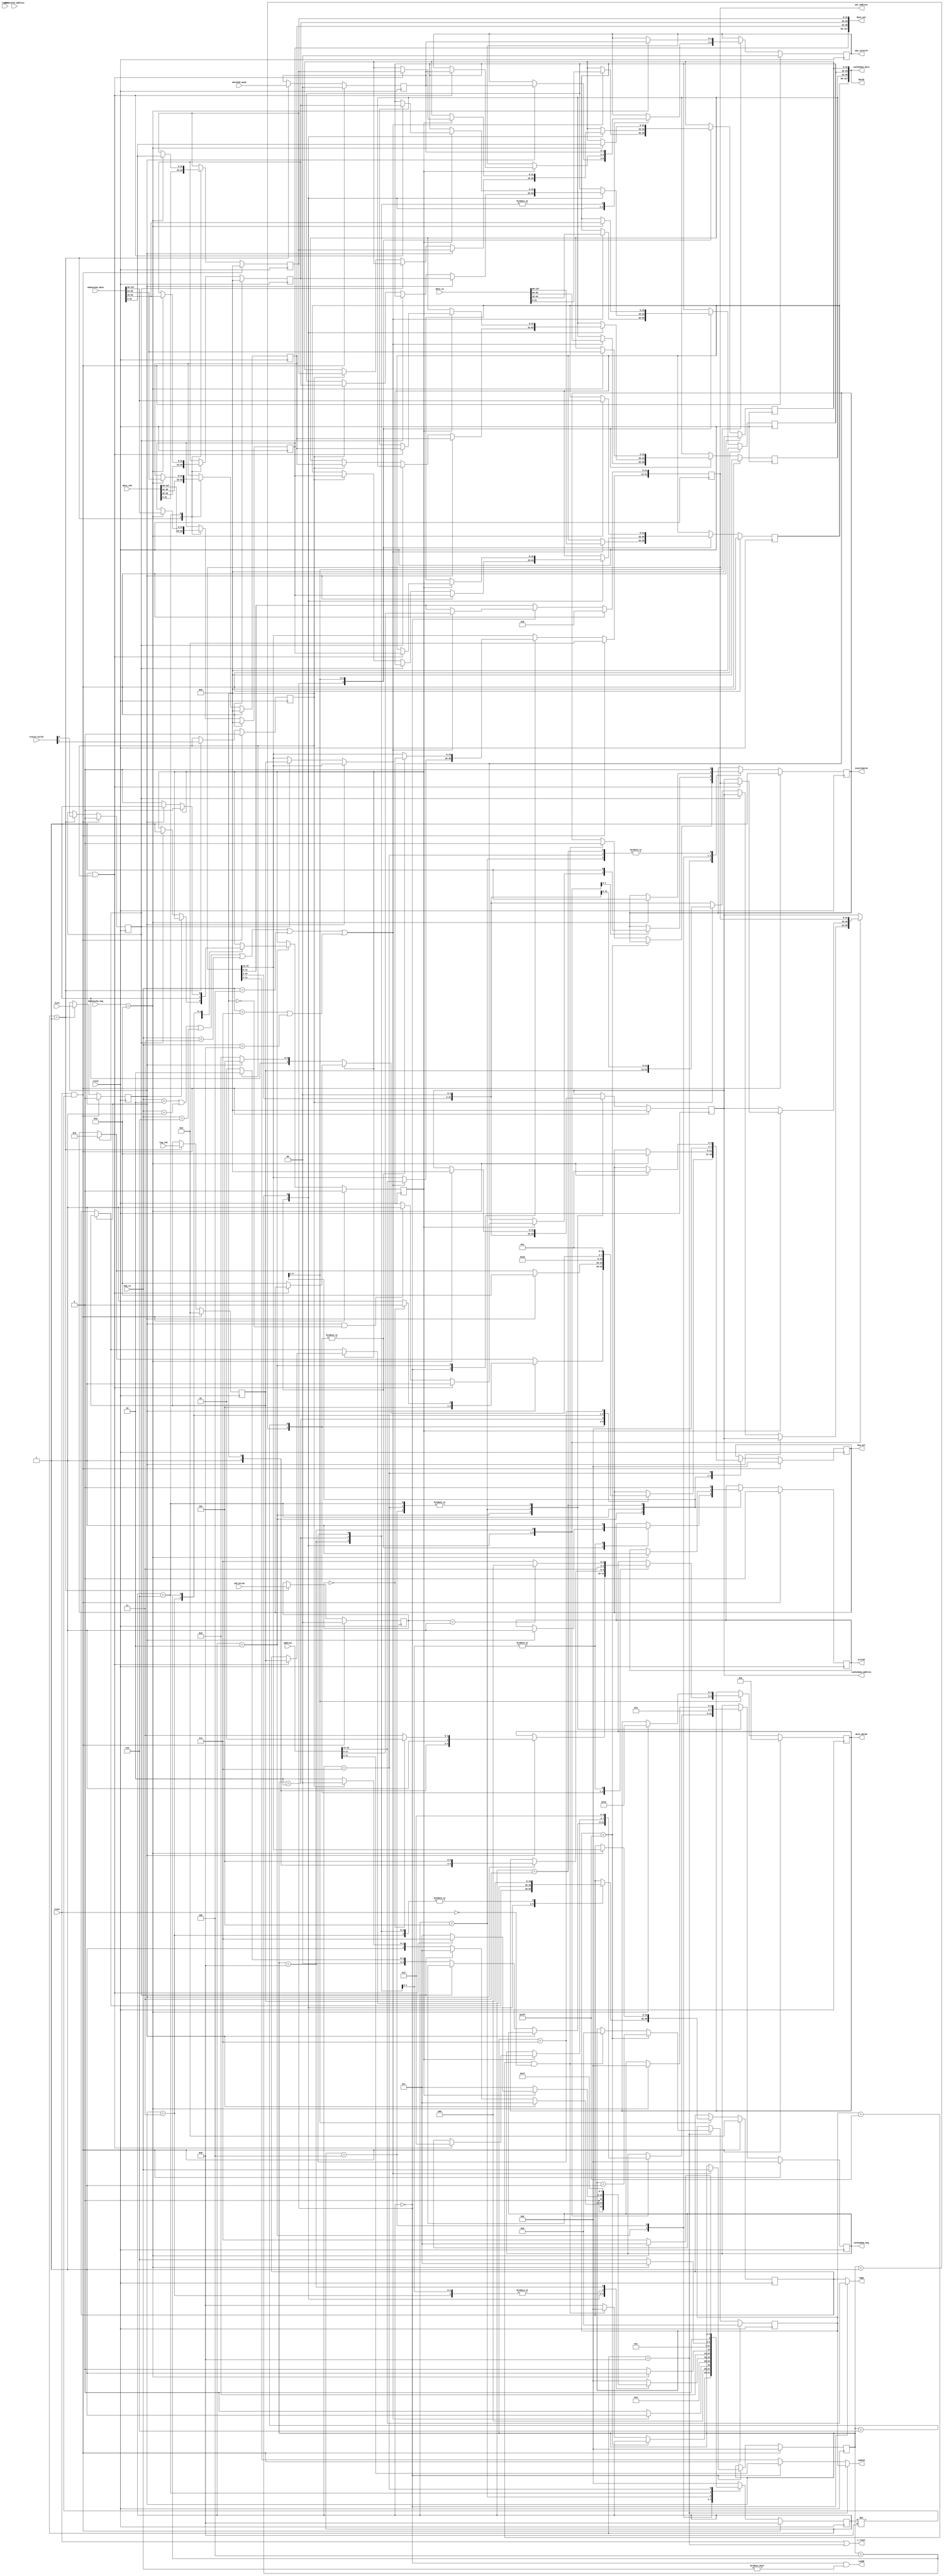
`timescale 1ns / 1ps
//////////////////////////////////////////////////////////////////////////////////
// Company: 
// Engineer: 
// 
// Design Name: 
// Module Name: Lxcache_controller
// Project Name: 
// Target Devices: 
// Tool Versions: 
// Description: 
// 
// Dependencies: 
// 
// Revision:
// Revision 0.01 - File Created
// Additional Comments:
// 
//////////////////////////////////////////////////////////////////////////////////


/** @module : Lxcache_controller
 *  @author : Adaptive & Secure Computing Systems (ASCS) Laboratory

 *  Copyright (c) 2018 BRISC-V (ASCS/ECE/BU)
 *  Permission is hereby granted, free of charge, to any person obtaining a copy
 *  of this software and associated documentation files (the "Software"), to deal
 *  in the Software without restriction, including without limitation the rights
 *  to use, copy, modify, merge, publish, distribute, sublicense, and/or sell
 *  copies of the Software, and to permit persons to whom the Software is
 *  furnished to do so, subject to the following conditions:
 *  The above copyright notice and this permission notice shall be included in
 *  all copies or substantial portions of the Software.

 *  THE SOFTWARE IS PROVIDED "AS IS", WITHOUT WARRANTY OF ANY KIND, EXPRESS OR
 *  IMPLIED, INCLUDING BUT NOT LIMITED TO THE WARRANTIES OF MERCHANTABILITY,
 *  FITNESS FOR A PARTICULAR PURPOSE AND NONINFRINGEMENT. IN NO EVENT SHALL THE
 *  AUTHORS OR COPYRIGHT HOLDERS BE LIABLE FOR ANY CLAIM, DAMAGES OR OTHER
 *  LIABILITY, WHETHER IN AN ACTION OF CONTRACT, TORT OR OTHERWISE, ARISING FROM,
 *  OUT OF OR IN CONNECTION WITH THE SOFTWARE OR THE USE OR OTHER DEALINGS IN
 *  THE SOFTWARE.
 */

module Lxcache_controller #(
parameter STATUS_BITS      = 3, // Valid bit + Dirty bit + inclusion bit
          COHERENCE_BITS   = 2,
          OFFSET_BITS      = 2,
          DATA_WIDTH       = 32,
          NUMBER_OF_WAYS   = 4,
          ADDRESS_BITS     = 32,
          INDEX_BITS       = 10,
          MSG_BITS         = 4
)(
clock,
reset,
address,
data_in,
msg_in,
report,
data_out,
out_address,
msg_out,

mem2cache_msg,
mem2cache_address,
mem2cache_data,
cache2mem_msg,
cache2mem_address,
cache2mem_data,

read0, write0, invalidate0,
index0,
tag0,
meta_data0,
data0,
way_select0,
i_reset,
data_in0,
tag_in0,
matched_way0,
coh_bits0,
status_bits0,
hit0
);

//Define the log2 function
function integer log2;
input integer value;
begin
  value = value-1;
  for(log2=0; value>0; log2=log2+1)
    value = value >> 1;
  end
endfunction

localparam CACHE_WORDS = 1 << OFFSET_BITS; //number of words in one line.
localparam CACHE_WIDTH = DATA_WIDTH*CACHE_WORDS;
localparam MBITS       = COHERENCE_BITS + STATUS_BITS;
localparam TAG_BITS    = ADDRESS_BITS - OFFSET_BITS - INDEX_BITS;
localparam WAY_BITS    = (NUMBER_OF_WAYS > 1) ? log2(NUMBER_OF_WAYS) : 1;
localparam CACHE_DEPTH = 1 << INDEX_BITS;

localparam IDLE       = 4'd0,
           READING    = 4'd1,
           SERVING    = 4'd2,
           RESPOND    = 4'd3,
           WRITE_BACK = 4'd4,
           READ_STATE = 4'd5,
           READ_WAIT  = 4'd6,
           FLUSH_WAIT = 4'd7,
           RESET      = 4'd8;

//THIS SECTION FROM C FILE
//bus messages
localparam NO_REQ     = 4'd0,
           R_REQ      = 4'd1,
           WB_REQ     = 4'd2,
           FLUSH      = 4'd3,
           FLUSH_S    = 4'd4,
           WS_BCAST   = 4'd5,
           RFO_BCAST  = 4'd6,
           C_WB       = 4'd7,
           C_FLUSH    = 4'd8,
           EN_ACCESS  = 4'd9,
           MEM_RESP   = 4'd10,
           MEM_RESP_S = 4'd11,
           MEM_C_RESP = 4'd12,
           REQ_FLUSH  = 4'd13,
           HOLD_BUS   = 4'd14;



// coherence states
localparam INVALID   = 2'b00,
           EXCLUSIVE = 2'b01,
           SHARED    = 2'b11,
           MODIFIED  = 2'b10;
//END C FILE SECTION           

input clock;
input reset;
//signals to/from bus interface
input  [ADDRESS_BITS-1:0] address;
input  [CACHE_WIDTH-1 :0] data_in;
input  [MSG_BITS-1    :0] msg_in;
input  report;
output [CACHE_WIDTH-1 :0] data_out;
output [ADDRESS_BITS-1:0] out_address;
output [MSG_BITS-1    :0] msg_out;
//signals to/from next level cache/memory
input  [MSG_BITS-1    :0] mem2cache_msg;
input  [ADDRESS_BITS-1:0] mem2cache_address;
input  [CACHE_WIDTH-1 :0] mem2cache_data;
output [MSG_BITS-1    :0] cache2mem_msg;
output [ADDRESS_BITS-1:0] cache2mem_address;
output [CACHE_WIDTH-1 :0] cache2mem_data;
//signals to/from cache_memory
output read0, write0, invalidate0;
output [INDEX_BITS-1  :0] index0;
output [TAG_BITS-1    :0] tag0;
output [MBITS-1       :0] meta_data0;
output [CACHE_WIDTH-1 :0] data0;
output [WAY_BITS-1    :0] way_select0;
output i_reset;
input  [CACHE_WIDTH-1 :0] data_in0;
input  [TAG_BITS-1    :0] tag_in0;
input  [WAY_BITS-1    :0] matched_way0;
input  [COHERENCE_BITS-1:0] coh_bits0;
input  [STATUS_BITS-1 :0] status_bits0;
input  hit0;

genvar i;
integer j;

reg [3:0] state;
reg [INDEX_BITS-1:0] reset_counter;
reg read, write, invalidate;
reg [MSG_BITS-1:0] r_msg;
reg [ADDRESS_BITS-1:0] r_address;
reg [DATA_WIDTH-1:0] r_data [CACHE_WORDS-1:0];
reg [DATA_WIDTH-1:0] r_data_out [CACHE_WORDS-1:0];
reg r_hit, r_dirty, r_include;
reg [COHERENCE_BITS-1:0] r_coh_bits;
reg [TAG_BITS-1:0] r_tag, r_tag_out;
reg [WAY_BITS-1:0] r_matched_way, r_way_select;
reg [MSG_BITS-1:0] r_msg_out;
reg [MBITS-1       :0] r_meta_data;
reg [MSG_BITS-1    :0] r_cache2mem_msg;
reg [ADDRESS_BITS-1:0] r_cache2mem_address;
reg flush_active;


wire request;
wire coh_request;
wire read_req, write_req;
wire [DATA_WIDTH-1:0] w_data_in   [CACHE_WORDS-1:0];
wire [DATA_WIDTH-1:0] w_read_data [CACHE_WORDS-1:0];
wire [DATA_WIDTH-1:0] w_mem_data  [CACHE_WORDS-1:0];


//assignments
assign i_reset = reset | (state == RESET);

assign coh_request = (msg_in == C_WB) | (msg_in == C_FLUSH);

assign request = (msg_in == WB_REQ   ) | (msg_in == R_REQ) |
                 (msg_in == RFO_BCAST) | (msg_in == FLUSH) |
                 (msg_in == FLUSH_S  ) | coh_request       ;

assign read_req  = (r_msg == R_REQ) | (r_msg == RFO_BCAST) | (r_msg == FLUSH_S);

assign write_req = (r_msg == C_WB) | (r_msg == C_FLUSH) | (r_msg == WB_REQ) |
                   (r_msg == FLUSH);

generate
  for(i=0; i<CACHE_WORDS; i=i+1)begin:SEPARATE_INPUTS
    assign w_data_in[i]   = data_in[i*DATA_WIDTH +: DATA_WIDTH];
    assign w_read_data[i] = data_in0[i*DATA_WIDTH +: DATA_WIDTH];
    assign w_mem_data[i]  = mem2cache_data[i*DATA_WIDTH +: DATA_WIDTH];
  end
endgenerate


/*FSM*/
always @(posedge clock)begin
  if(reset & (state != RESET))begin
    reset_counter       <= {INDEX_BITS{1'b0}};
    read                <= 1'b0;
    write               <= 1'b0;
    invalidate          <= 1'b1;
    flush_active        <= 1'b0;
    r_cache2mem_msg     <= NO_REQ;
    r_cache2mem_address <= {ADDRESS_BITS{1'b0}};
    r_msg               <= NO_REQ;
    r_address           <= {ADDRESS_BITS{1'b0}};
    r_hit               <= 1'b0;
    r_dirty             <= 1'b0;
    r_include           <= 1'b0;
    r_coh_bits          <= {COHERENCE_BITS{1'b0}};
    r_tag               <= {TAG_BITS{1'b0}};
    r_tag_out           <= {TAG_BITS{1'b0}};
    r_matched_way       <= {WAY_BITS{1'b0}};
    r_way_select        <= {WAY_BITS{1'b0}};
    r_msg_out           <= NO_REQ;
    r_meta_data         <= {MBITS{1'b0}};
    for(j=0; j<CACHE_WORDS; j=j+1)begin
      r_data[j]         <= {DATA_WIDTH{1'b0}};
      r_data_out[j]     <= {DATA_WIDTH{1'b0}};
    end
    state               <= RESET;
  end
  else begin
    case(state)
      RESET:begin
        if(reset_counter < CACHE_DEPTH-1)begin
          reset_counter <= reset_counter + 1;
        end
        else if((reset_counter == CACHE_DEPTH-1) & ~reset)begin
          reset_counter <= {INDEX_BITS{1'b0}};
          invalidate    <= 1'b0;
          state         <= IDLE;
        end
        else
          state <= RESET;
      end
      IDLE:begin
        if(request)begin
          r_msg     <= msg_in;
          r_address <= address;
          for(j=0; j<CACHE_WORDS; j=j+1)begin
            r_data[j] <= w_data_in[j];
          end
          state <= READING;
        end
        else
          state <= IDLE;
      end
      READING:begin
        r_hit         <= hit0;
        r_dirty       <= status_bits0[STATUS_BITS-2];
        r_include     <= status_bits0[STATUS_BITS-3];
        r_coh_bits    <= coh_bits0;
        r_tag         <= tag_in0;
        r_matched_way <= matched_way0;
        for(j=0; j<CACHE_WORDS; j=j+1)begin
          r_data_out[j] <= w_read_data[j];
        end
        state <= SERVING;
      end
      SERVING:begin
        case(r_msg)
          R_REQ:begin
            if(r_hit)begin
              r_msg_out    <= (r_coh_bits==INVALID) ? MEM_RESP : MEM_RESP_S;
              write        <= 1'b1;
              r_tag_out    <= r_tag;
              r_way_select <= r_matched_way;
              r_meta_data  <= (r_coh_bits == INVALID) ? 
                              {1'b1, r_dirty, 1'b1, EXCLUSIVE} :
                              {1'b1, r_dirty, 1'b1, SHARED   } ;
              for(j=0; j<CACHE_WORDS; j=j+1)begin
                r_data[j] <= r_data_out[j];
              end
              state <= RESPOND;
            end
            else begin
              if(r_include)begin
                flush_active                          <= 1'b1;
                r_msg_out                             <= REQ_FLUSH;
                r_address[ADDRESS_BITS-1 -: TAG_BITS] <= r_tag;
                state                                 <= RESPOND;
              end
              else if(r_dirty)begin
                r_cache2mem_msg     <= WB_REQ;
                r_cache2mem_address <= {r_tag, r_address[OFFSET_BITS +: 
                                       INDEX_BITS], {OFFSET_BITS{1'b0}}};
                for(j=0; j<CACHE_WORDS; j=j+1)begin
                  r_data[j] <= r_data_out[j];
                end
                state               <= WRITE_BACK;
              end
              else begin
                r_cache2mem_msg     <= R_REQ;
                r_cache2mem_address <= {r_address[ADDRESS_BITS-1:OFFSET_BITS], 
                                       {OFFSET_BITS{1'b0}}};
                state               <= READ_WAIT;
              end
            end
          end
          RFO_BCAST:begin
            if(r_hit)begin
              r_msg_out <= MEM_RESP;
              write     <= 1'b1;
              r_tag_out    <= r_tag;
              r_way_select <= r_matched_way;
              r_meta_data  <= {1'b1, r_dirty, 1'b1, EXCLUSIVE};
              for(j=0; j<CACHE_WORDS; j=j+1)begin
                r_data[j] <= r_data_out[j];
              end
              state <= RESPOND;
            end
            else begin
              if(r_include)begin
                flush_active                          <= 1'b1;
                r_msg_out                             <= REQ_FLUSH;
                r_address[ADDRESS_BITS-1 -: TAG_BITS] <= r_tag;
                state                                 <= RESPOND;
              end
              else if(r_dirty)begin
                r_cache2mem_msg     <= WB_REQ;
                r_cache2mem_address <= {r_tag, r_address[OFFSET_BITS +: 
                                       INDEX_BITS], {OFFSET_BITS{1'b0}}};
                for(j=0; j<CACHE_WORDS; j=j+1)begin
                  r_data[j] <= r_data_out[j];
                end
                state               <= WRITE_BACK;
              end
              else begin
                r_cache2mem_msg     <= R_REQ;
                r_cache2mem_address <= {r_address[ADDRESS_BITS-1:OFFSET_BITS], 
                                       {OFFSET_BITS{1'b0}}};
                state               <= READ_WAIT;
              end
            end
          end
          WB_REQ:begin
            write         <= 1'b1;
            r_tag_out     <= r_tag;
            r_way_select  <= r_matched_way;
            r_meta_data   <= (r_coh_bits == EXCLUSIVE) ? {3'b110, INVALID} :
                             {3'b111, SHARED};
            r_msg_out     <= MEM_RESP;
            state         <= RESPOND;
          end
          FLUSH:begin
            flush_active <= 1'b1;
            r_tag_out    <= r_tag;
            r_msg_out    <= REQ_FLUSH;
            state        <= RESPOND;
          end
          FLUSH_S:begin
            if(flush_active)begin
              if(r_hit & r_dirty)begin
                invalidate          <= 1'b1;
                r_tag_out           <= r_tag;
                r_way_select        <= r_matched_way;
                r_cache2mem_address <= r_address;
                for(j=0; j<CACHE_WORDS; j=j+1)begin
                  r_data[j] <= r_data_out[j];
                end
                r_cache2mem_msg     <= FLUSH;
                flush_active        <= 1'b0;
                state               <= FLUSH_WAIT;
              end
              else if(r_hit & ~r_dirty)begin
                invalidate   <= 1'b1;
                r_msg_out    <= MEM_RESP;
                flush_active <= 1'b0;
                state        <= RESPOND;
              end
              /**/
              else begin
                r_msg_out    <= MEM_RESP;
                flush_active <= 1'b0;
                state        <= RESPOND;
              end
            end
            else begin
              if(r_hit)begin
                flush_active <= 1'b1;
                r_tag_out    <= r_tag;
                r_msg_out    <= REQ_FLUSH;
                state        <= RESPOND;
              end
              else begin
                r_msg_out <= MEM_RESP;
                state     <= RESPOND;
              end
            end
          end
          C_WB:begin
            write         <= 1'b1;
            r_tag_out     <= r_tag;
            r_way_select  <= r_matched_way;
            r_meta_data   <= (r_coh_bits == EXCLUSIVE) ? {3'b110, INVALID} :
                             {3'b111, SHARED};
            r_msg_out     <= MEM_C_RESP;
            state         <= RESPOND;
          end
          C_FLUSH:begin
            invalidate          <= 1'b1;
            r_tag_out           <= r_tag;
            r_way_select        <= r_matched_way;
            r_cache2mem_address <= r_address;
            r_cache2mem_msg     <= FLUSH;
            state               <= FLUSH_WAIT;
          end
          default:begin
            state <= IDLE;
          end
        endcase
      end
      WRITE_BACK:begin
        if(mem2cache_msg == MEM_RESP)begin
          r_cache2mem_msg     <= NO_REQ;
          r_cache2mem_address <= {ADDRESS_BITS{1'b0}};
          invalidate          <= 1'b1;
          state               <= READ_STATE;
        end
        else
          state <= WRITE_BACK;
      end
      READ_STATE:begin
        invalidate          <= 1'b0;
        r_cache2mem_msg     <= R_REQ;
        r_cache2mem_address <= {r_address[ADDRESS_BITS-1:OFFSET_BITS], 
                               {OFFSET_BITS{1'b0}}};
        state               <= READ_WAIT;
      end
      READ_WAIT:begin
        if(mem2cache_msg == MEM_RESP)begin
          r_msg_out <= MEM_RESP;
          for(j=0; j<CACHE_WORDS; j=j+1)begin
            r_data[j]     <= w_mem_data[j];
            r_data_out[j] <= w_mem_data[j];
          end
          r_tag_out           <= r_address[ADDRESS_BITS-1 -: TAG_BITS];
          r_way_select        <= r_matched_way;
          r_meta_data         <= {3'b101, EXCLUSIVE};
          write               <= 1'b1;
          r_cache2mem_msg     <= NO_REQ;
          r_cache2mem_address <= {ADDRESS_BITS{1'b0}};
          state               <= RESPOND;
        end
        else
          state <= READ_WAIT;
      end
      RESPOND:begin
        write      <= 1'b0;
        invalidate <= 1'b0;
        r_msg_out  <= NO_REQ;
        state      <= IDLE;
      end
      FLUSH_WAIT:begin
        invalidate          <= 1'b0;
        if(mem2cache_msg == MEM_RESP)begin
          r_msg_out           <= MEM_C_RESP;
          r_cache2mem_msg     <= NO_REQ;
          r_cache2mem_address <= {ADDRESS_BITS{1'b0}};
          state               <= RESPOND;
        end
        else
          state <= FLUSH_WAIT;
      end
      default:begin
        state <= IDLE;
      end
    endcase
  end
end

//assign outputs
assign read0       = (state == IDLE) & (msg_in != NO_REQ);
assign write0      = write;
assign invalidate0 = invalidate;
assign tag0        = (state == IDLE) ? address[ADDRESS_BITS-1 -: TAG_BITS] : 
                     r_tag_out;
assign meta_data0  = r_meta_data;
assign way_select0 = r_way_select;

assign index0 = (state == RESET) ? reset_counter :
                (state == IDLE ) ? address[OFFSET_BITS +: INDEX_BITS] :
                r_address[OFFSET_BITS +: INDEX_BITS];

assign msg_out     = r_msg_out;
assign out_address = r_address;

generate
  for(i=0; i<CACHE_WORDS; i=i+1)begin: DATAOUT
    assign data_out[i*DATA_WIDTH +: DATA_WIDTH] = r_data_out[i]; 
  end
  for(i=0; i<CACHE_WORDS; i=i+1)begin: C2MDATA
    assign cache2mem_data[i*DATA_WIDTH +: DATA_WIDTH] = r_data[i]; 
  end
  for(i=0; i<CACHE_WORDS; i=i+1)begin: DATA0
    assign data0[i*DATA_WIDTH +: DATA_WIDTH] = r_data[i]; 
  end
endgenerate

assign cache2mem_msg     = r_cache2mem_msg;
assign cache2mem_address = r_cache2mem_address;


endmodule